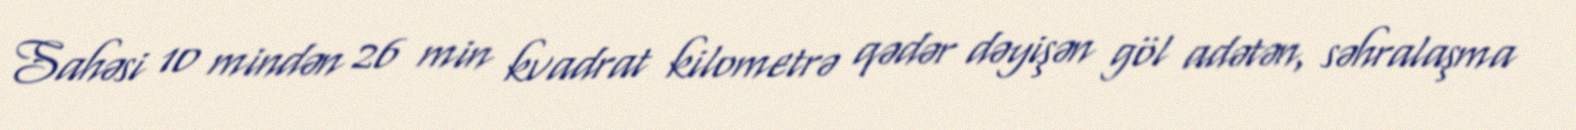
Sahəsi 10 mindən 26 min kvadrat kilometrə qədər dəyişən göl adətən, səhralaşma